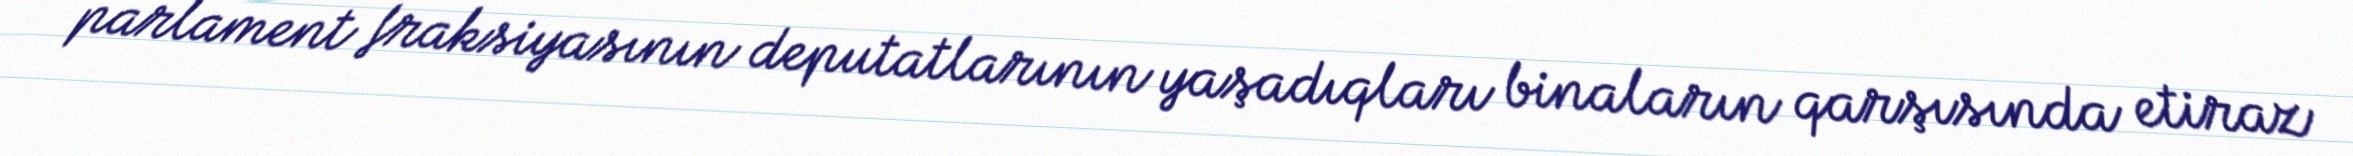
parlament fraksiyasının deputatlarının yaşadıqları binaların qarşısında etiraz